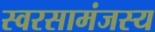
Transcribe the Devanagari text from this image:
स्वरसामंजस्य